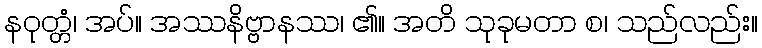
နဝုတ္တံ၊ အပ်။ အဿနိဗ္ဗာနဿ၊ ၏။ အတိ သုခုမတာ စ၊ သည်လည်း။